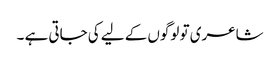
شاعری تو لوگوں کے لیے کی جاتی ہے ۔